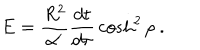
E = { \frac { R ^ { 2 } } { \alpha ^ { \prime } } } { \frac { d t } { d \tau } } \cosh ^ { 2 } \rho \ .